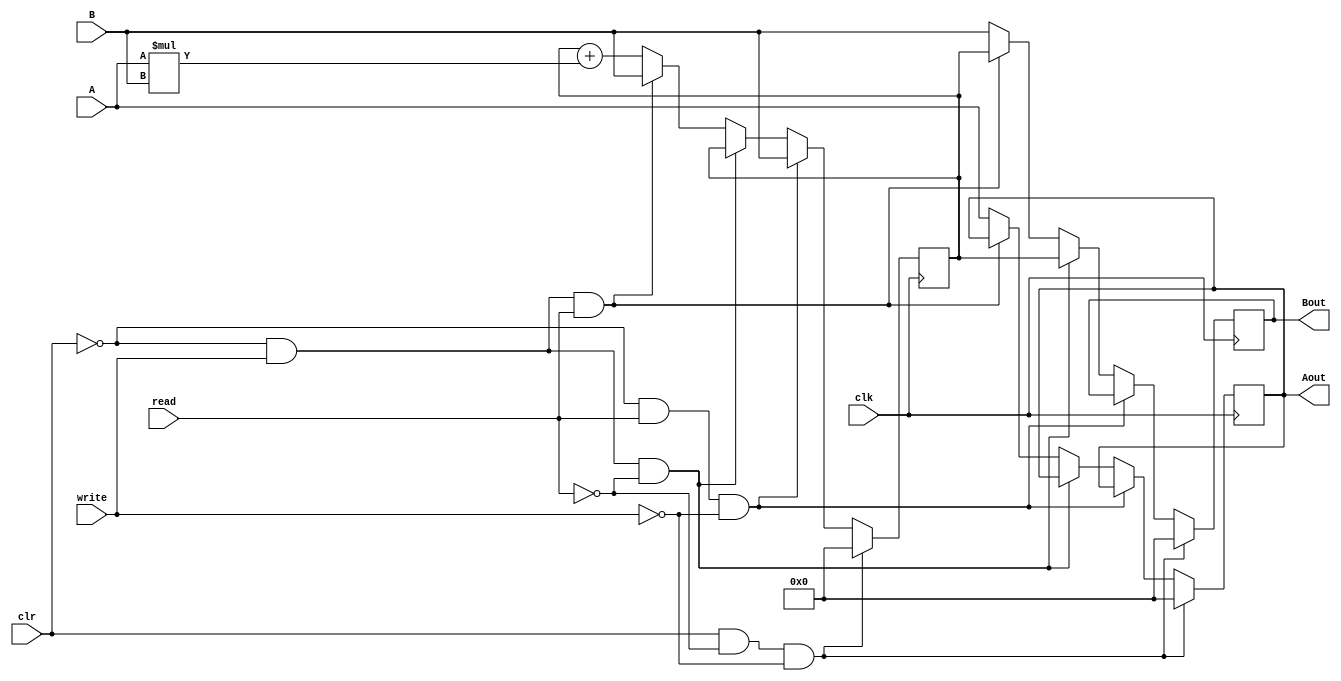
module Processing_Element(A,B,Aout,Bout,clk,clr,read,write);
parameter N=32;
input[N-1:0] A,B;
output reg[N-1:0] Aout,Bout;
reg[N-1:0] Acc;
input clk,clr,read,write;
always @(posedge clk)begin
    if(clr & ~read & ~write)begin
        Acc<=0;
        Aout<=0;
        Bout<=0;
    end
    else if(~clr & read & ~write)begin
        Acc<=B;
    end
    else if(~clr & write & ~read)begin
        Bout<=Acc;
    end
    else if(~clr & write & read)begin
        Acc<=B;
        Bout<=Acc;
    end
    else begin
        Acc<=Acc+A*B;
        Aout<=A;
        Bout<=B;
    end
end
endmodule
module PE_layer(A0,B0,B1,B2,B3,B4,A0_out,B0_out,B1_out,B2_out,B3_out,B4_out,clk,clr,read,write);
parameter N=32;
parameter M=5;
input[N-1:0] A0,B0,B1,B2,B3,B4;
output[N-1:0] A0_out,B0_out,B1_out,B2_out,B3_out,B4_out;
input clk;
input[M-1:0] clr,read,write;
wire[N-1:0] A0_temp0,A0_temp1,A0_temp2,A0_temp3;
Processing_Element PE0(A0,B0,A0_temp0,B0_out,clk,clr[0],read[0],write[0]);
Processing_Element PE1(A0_temp0,B1,A0_temp1,B1_out,clk,clr[1],read[1],write[1]);
Processing_Element PE2(A0_temp1,B2,A0_temp2,B2_out,clk,clr[2],read[2],write[2]);
Processing_Element PE3(A0_temp2,B3,A0_temp3,B3_out,clk,clr[3],read[3],write[3]);
Processing_Element PE4(A0_temp3,B4,A0_out,B4_out,clk,clr[4],read[4],write[4]);
endmodule